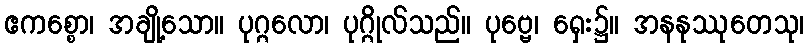
ဧကစ္စော၊ အချို့သော။ ပုဂ္ဂလော၊ ပုဂ္ဂိုလ်သည်။ ပုဗ္ဗေ၊ ရှေး၌။ အနနုဿုတေသု၊